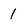
Character: 1